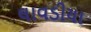
લાવડીયા